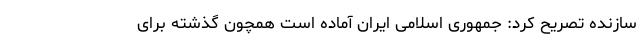
سازنده تصریح کرد: جمهوری اسلامی ایران آماده است همچون گذشته برای